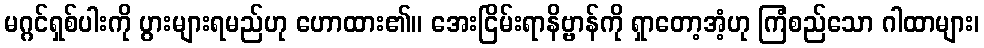
မဂ္ဂင်ရှစ်ပါးကို ပွားများရမည်ဟု ဟောထား၏။ အေးငြိမ်းရာနိဗ္ဗာန်ကို ရှာတော့အံ့ဟု ကြံစည်သော ဂါထာများ၊